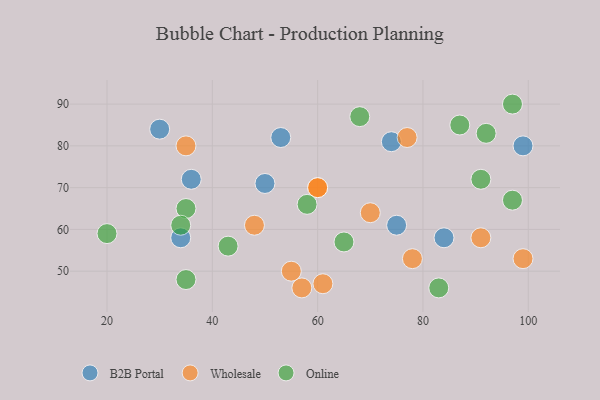
{"axis": {"x": "GDP", "y": "Life Expectancy"}, "legend": ["B2B Portal", "Online", "Wholesale"], "data": [{"x": "30", "y": 84, "type": "B2B Portal"}, {"x": "84", "y": 58, "type": "B2B Portal"}, {"x": "75", "y": 61, "type": "B2B Portal"}, {"x": "53", "y": 82, "type": "B2B Portal"}, {"x": "50", "y": 71, "type": "B2B Portal"}, {"x": "36", "y": 72, "type": "B2B Portal"}, {"x": "74", "y": 81, "type": "B2B Portal"}, {"x": "99", "y": 80, "type": "B2B Portal"}, {"x": "34", "y": 58, "type": "B2B Portal"}, {"x": "60", "y": 70, "type": "Wholesale"}, {"x": "35", "y": 80, "type": "Wholesale"}, {"x": "61", "y": 47, "type": "Wholesale"}, {"x": "60", "y": 70, "type": "Wholesale"}, {"x": "78", "y": 53, "type": "Wholesale"}, {"x": "99", "y": 53, "type": "Wholesale"}, {"x": "91", "y": 58, "type": "Wholesale"}, {"x": "57", "y": 46, "type": "Wholesale"}, {"x": "48", "y": 61, "type": "Wholesale"}, {"x": "55", "y": 50, "type": "Wholesale"}, {"x": "70", "y": 64, "type": "Wholesale"}, {"x": "77", "y": 82, "type": "Wholesale"}, {"x": "91", "y": 72, "type": "Online"}, {"x": "97", "y": 90, "type": "Online"}, {"x": "92", "y": 83, "type": "Online"}, {"x": "20", "y": 59, "type": "Online"}, {"x": "65", "y": 57, "type": "Online"}, {"x": "68", "y": 87, "type": "Online"}, {"x": "35", "y": 65, "type": "Online"}, {"x": "34", "y": 61, "type": "Online"}, {"x": "43", "y": 56, "type": "Online"}, {"x": "35", "y": 48, "type": "Online"}, {"x": "58", "y": 66, "type": "Online"}, {"x": "87", "y": 85, "type": "Online"}, {"x": "83", "y": 46, "type": "Online"}, {"x": "97", "y": 67, "type": "Online"}]}